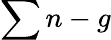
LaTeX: \sum n-g